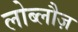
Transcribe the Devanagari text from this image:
लोब्लौज़